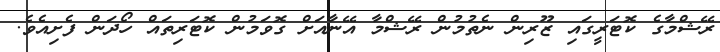
ރޭޝްމާގެ ކޮޓަރީގައި ޒޫރިން ނެތުމުން ރޭޝްމާ އޭނާއަށް ގޮވަމުން ކޮޓަރިތައް ހޯދަން ފެށިއެވެ.